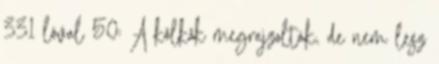
331 lóval 50: A kölkök megrajzolták, de nem lesz